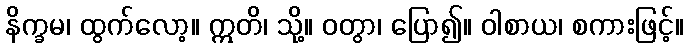
နိက္ခမ၊ ထွက်လော့။ ဣတိ၊ သို့။ ဝတွာ၊ ပြော၍။ ဝါစာယ၊ စကားဖြင့်။